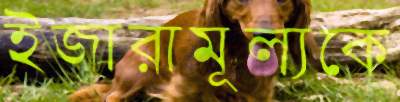
ইজারামূল্যকে